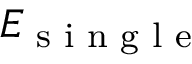
E _ { \textrm { s i n g l e } }